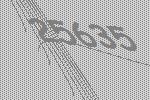
25635